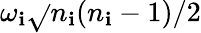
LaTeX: {\omega_{\mathbf{i}}}\sqrt{}{{n_{\mathbf{i}}(n_{\mathbf{i}}-1)}}/2